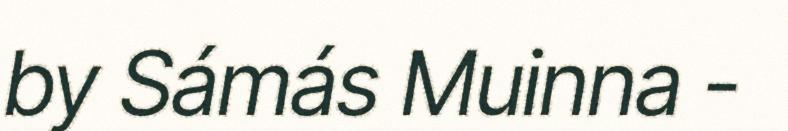
by Sámás Muinna -